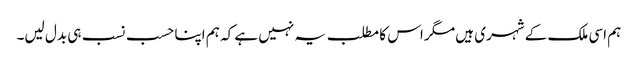
ہم اسی ملک کے شہری ہیں مگر اس کا مطلب یہ نہیں ہے کہ ہم اپنا حسب نسب ہی بدل لیں۔